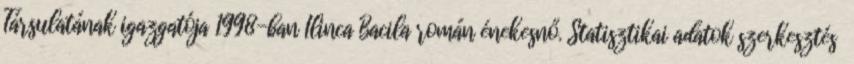
Társulatának igazgatója 1998-ban Ilinca Bacila román énekesnő. Statisztikai adatok szerkesztés